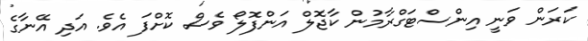
ކަރަން ވަނީ އިންސްޓަގްރާމުން ކާޖޮލް އަންފޮލޯ ވެސް ކޮށްފަ އެވެ. އަދި އޭނާގެ